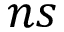
n s